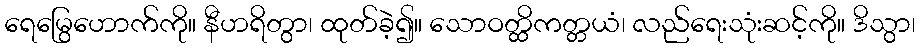
ရေမြွေဟောက်ကို။ နီဟရိတွာ၊ ထုတ်ခဲ့၍။ သောဝတ္ထိကတ္တယံ၊ လည်ရေးသုံးဆင့်ကို။ ဒိသွာ၊